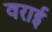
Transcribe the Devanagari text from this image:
वराई